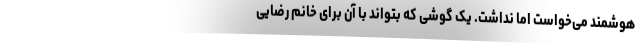
هوشمند می‌خواست اما نداشت. یک گوشی که بتواند با آن برای خانم رضایی